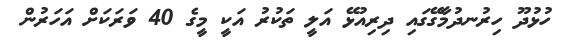
ހުޅުދޫ ހިރުނދުމާގޭގައި ދިރިއުޅޭ އަލީ ތަކުރު އަކީ މީގެ 40 ވަރަކަށް އަހަރުން